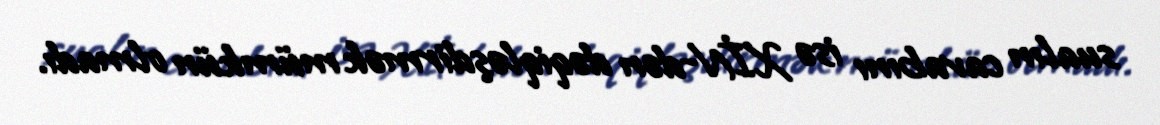
sualın cavabını isə XİN-dən dəqiqləşdirmək mümkün olmadı.